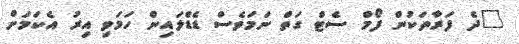
"ދެ ފަރާތަކުން ފޯމް ސެޓް ގަތް ނަމަވެސް ޑެޑްލައިން ހަމަވި އިރު އެކަމަށް